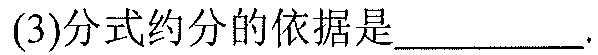
(3)分式约分的依据是_________.